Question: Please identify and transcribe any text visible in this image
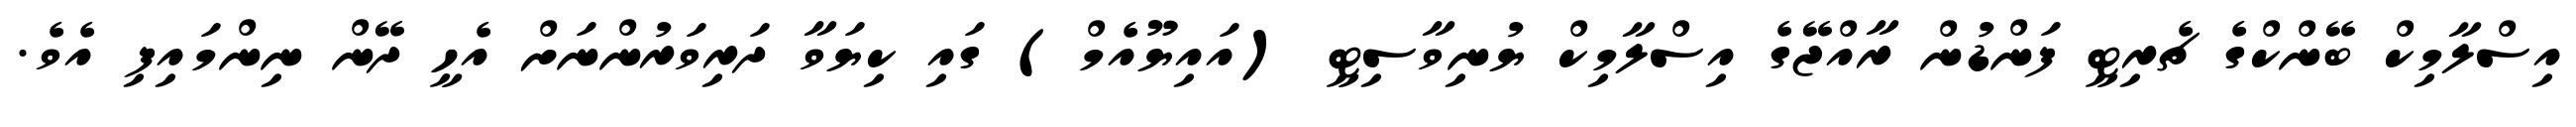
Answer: އިސްލާމިކް ބޭންކްގެ ޗެރިޓީ ފަންޑުން ރާއްޖޭގެ އިސްލާމިކް ޔުނިވާސިޓީ (އައިޔޫއެމް) ގައި ކިޔަވާ ދަރިވަރުންނަށް އެހީ ދޭން ނިންމައިފި އެވެ.